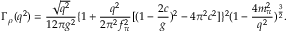
\Gamma _ { \rho } ( q ^ { 2 } ) = \frac { \sqrt { q ^ { 2 } } } { 1 2 \pi g ^ { 2 } } \{ 1 + \frac { q ^ { 2 } } { 2 \pi ^ { 2 } f _ { \pi } ^ { 2 } } [ ( 1 - { \frac { 2 c } { g } } ) ^ { 2 } - 4 \pi ^ { 2 } c ^ { 2 } ] \} ^ { 2 } ( 1 - { \frac { 4 m _ { \pi } ^ { 2 } } { q ^ { 2 } } } ) ^ { \frac { 3 } { 2 } } .